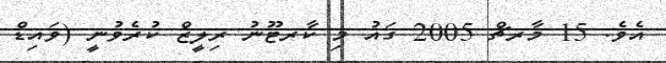
އެވެ. 15 މާރޗް 2005 ގައު މި ކާރޓޫނު ރިލީޒް ކުރެވުނީ (ވައިޑް